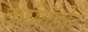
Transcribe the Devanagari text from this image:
कॉमॉडोर